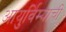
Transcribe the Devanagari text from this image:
आयुर्विम्याची